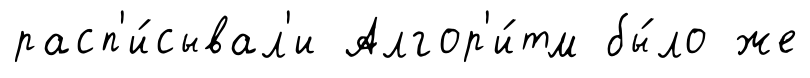
расп'и́сывал'и Алгор'и́тм бы́ло же